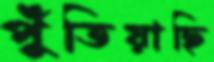
পুঁতিয়াছি